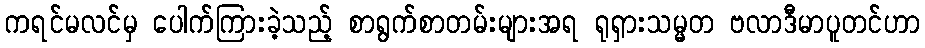
ကရင်မလင်မှ ပေါက်ကြားခဲ့သည့် စာရွက်စာတမ်းများအရ ရုရှားသမ္မတ ဗလာဒီမာပူတင်ဟာ